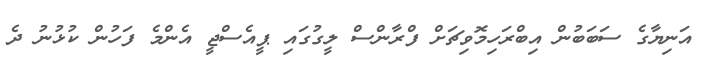
އަނިޔާގެ ސަބަބުން އިބްރަހިމޮވިޗަށް ފްރާންސް ލީގުގައި ޕީއެސްޖީ އެންމެ ފަހުން ކުޅުނު ދެ